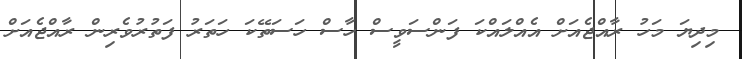
މިދިޔަ މަހު ރާއްޖެއަށް އެއްލައްކަ ފަންސަވީސް ހާސް ހަސަތޭކަ ހަތަރު ފަތުރުވެރިން ރާއްޖެއަށް